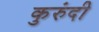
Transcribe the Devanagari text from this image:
कुरुंदी